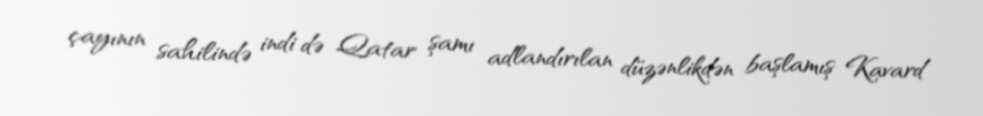
çayının sahilində indi də Qatar şamı adlandırılan düzənlikdən başlamış Kavard